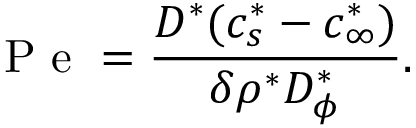
\mathrm { ~ P ~ e ~ } = \frac { D ^ { * } ( c _ { s } ^ { * } - c _ { \infty } ^ { * } ) } { \delta \rho ^ { * } D _ { \phi } ^ { * } } .